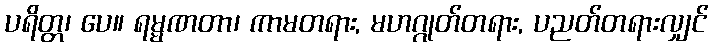
ပရိတ္တ၊ ပေ။ ရမ္မဏတာ၊ ကာမတရား, မဟဂ္ဂုတ်တရား, ပညတ်တရားလျှင်